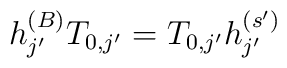
h_{j'}^{(B)}  T_{0,j'}   =T_{0,j'}h_{j'}^{(s')}